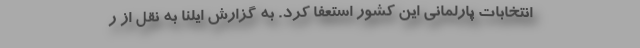
انتخابات پارلمانی این کشور استعفا کرد. به گزارش ایلنا به نقل از ر